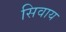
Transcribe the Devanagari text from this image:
सिवाय